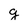
Character: g